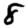
Digit: 8